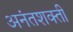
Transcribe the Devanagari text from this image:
अनंतशक्ती